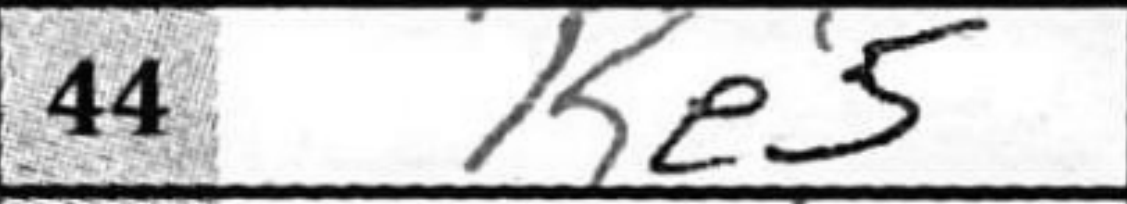
Transcription: Ke5